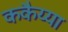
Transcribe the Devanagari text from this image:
ककैय्या